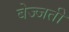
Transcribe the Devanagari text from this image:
बेज्जती